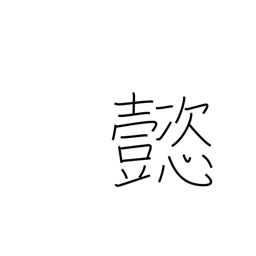
Meaning: splendid